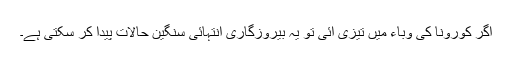
اگر کورونا کی وباء میں تیزی آئی تو یہ بیروزگاری انتہائی سنگین حالات پیدا کر سکتی ہے۔